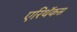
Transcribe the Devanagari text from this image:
एरिथॅकस